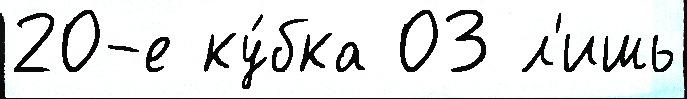
20-е ку́бка 03 л'ишь